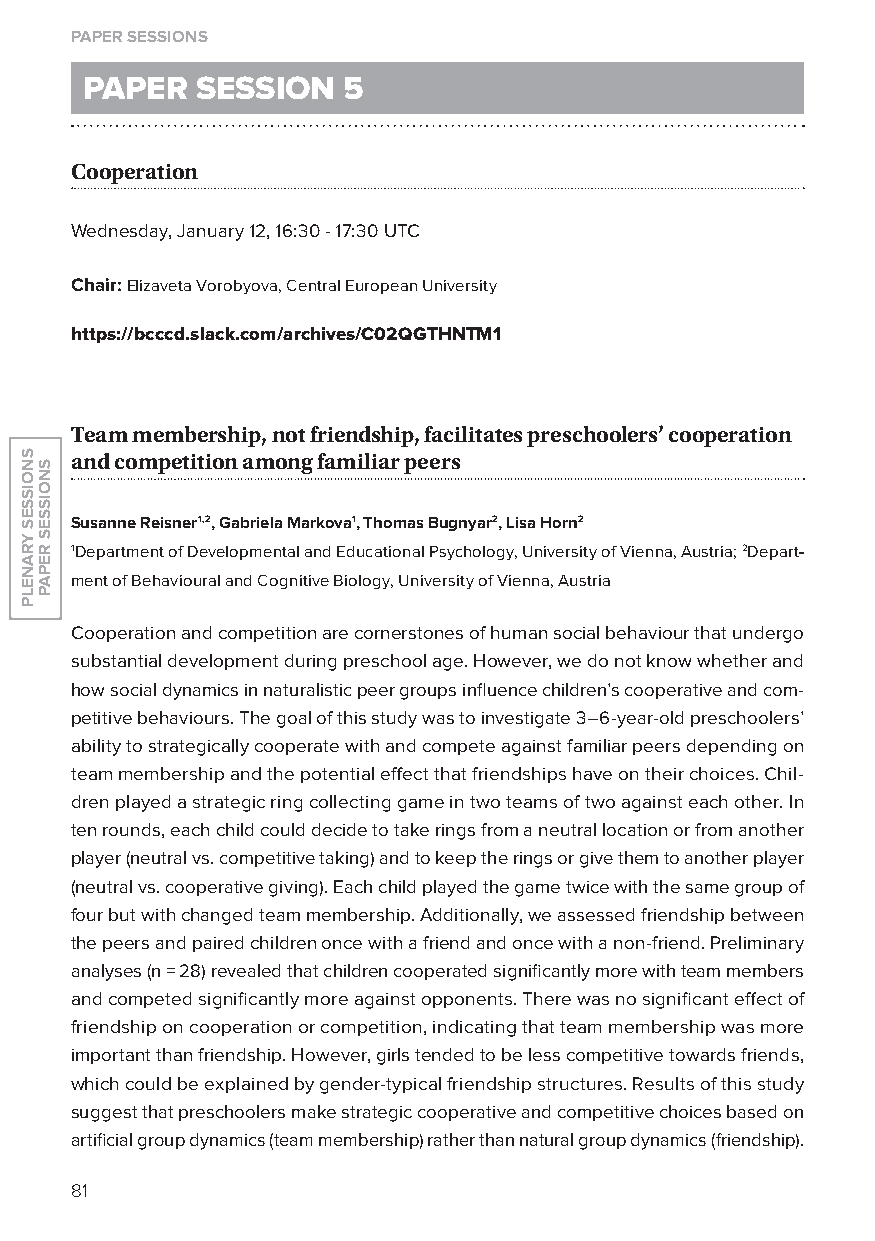
paper sessions
 paper   session   5
 Cooperation
 Wednesday, January 12, 16:30 - 17:30 UTC
 Chair: Elizaveta Vorobyova, Central European University
 https://bcccd.slack.com/archives/C02QGThnTM1
 team membership, not friendship, facilitates preschoolers’ cooperation
 and competition among familiar peers
 Susanne reisner1,2, Gabriela Markova1, Thomas Bugnyar2, Lisa Horn2
 1Department of Developmental and Educational Psychology, University of Vienna, Austria; 2Depart-
 ment of Behavioural and Cognitive Biology, University of Vienna, Austria
 Cooperation and competition are cornerstones of human social behaviour that undergo
 substantial development during preschool age. However, we do not know whether and
 how social dynamics in naturalistic peer groups influence children’s cooperative and com-
 petitive behaviours. The goal of this study was to investigate 3–6-year-old preschoolers’
 ability to strategically cooperate with and compete against familiar peers depending on
 team membership and the potential effect that friendships have on their choices. Chil-
 dren played a strategic ring collecting game in two teams of two against each other. In
 ten rounds, each child could decide to take rings from a neutral location or from another
 player (neutral vs. competitive taking) and to keep the rings or give them to another player
 (neutral vs. cooperative giving). Each child played the game twice with the same group of
 four but with changed team membership. Additionally, we assessed friendship between
 the peers and paired children once with a friend and once with a non-friend. Preliminary
 analyses (n = 28) revealed that children cooperated significantly more with team members
 and competed significantly more against opponents. There was no significant effect of
 friendship on cooperation or competition, indicating that team membership was more
 important than friendship. However, girls tended to be less competitive towards friends,
 which could be explained by gender-typical friendship structures. Results of this study
 suggest that preschoolers make strategic cooperative and competitive choices based on
 artificial group dynamics (team membership) rather than natural group dynamics (friendship).
 81
 snoisses
 yranelp
 snoisses
 repap